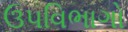
ઉપવિભાગો